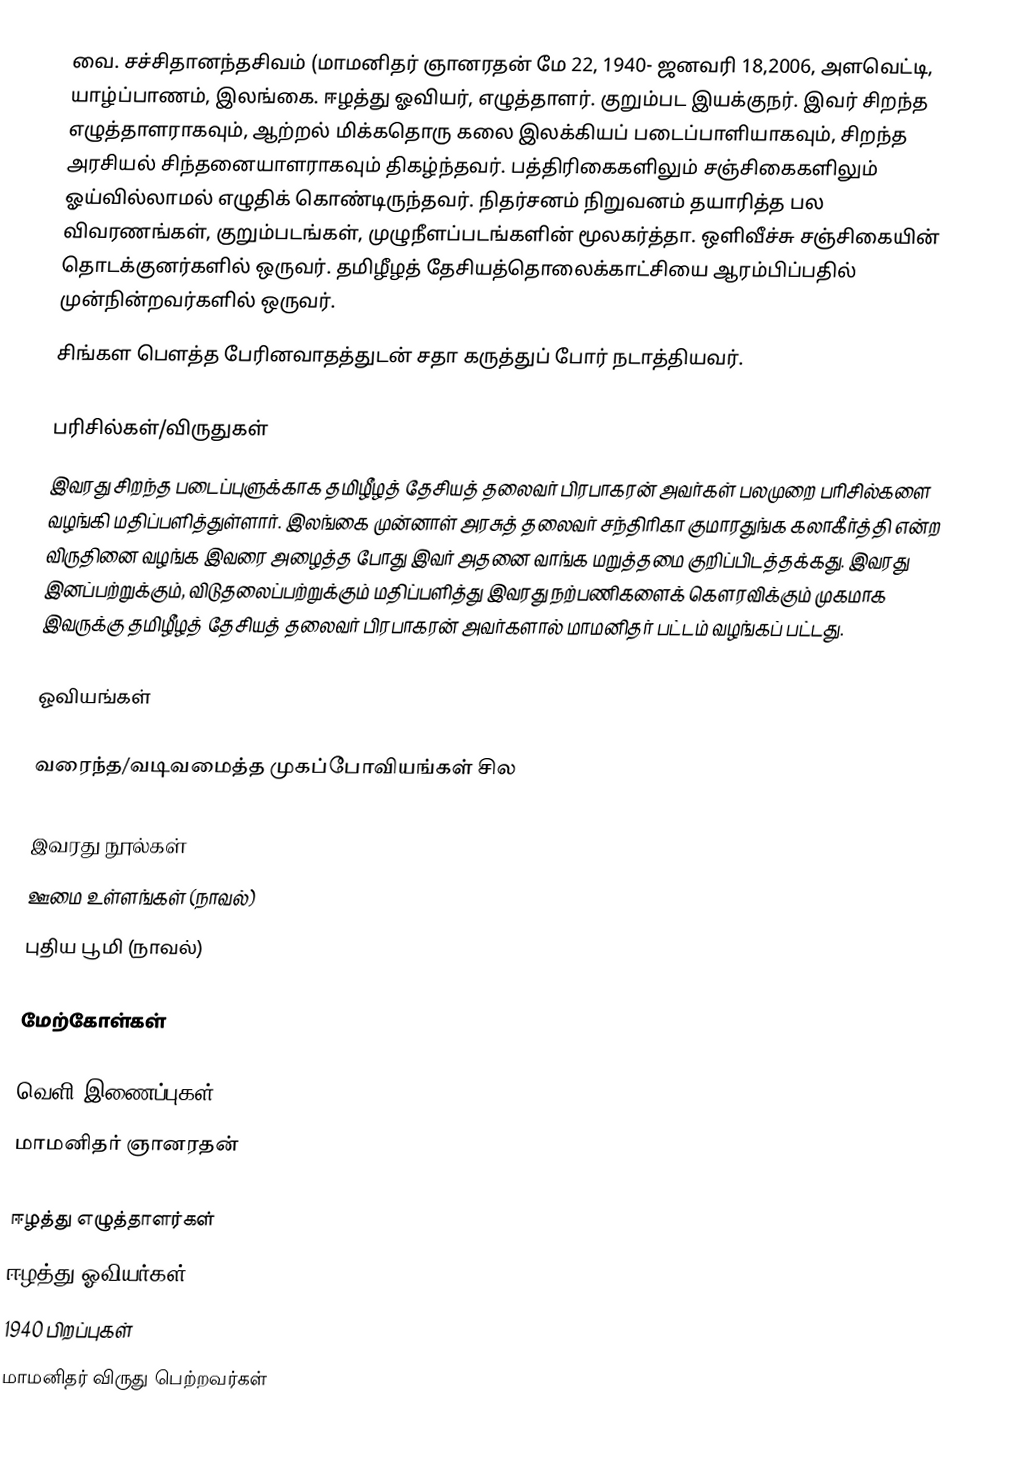
வை. சச்சிதானந்தசிவம் (மாமனிதர் ஞானரதன் மே 22, 1940- ஜனவரி 18,2006, அளவெட்டி, யாழ்ப்பாணம், இலங்கை. ஈழத்து ஓவியர், எழுத்தாளர். குறும்பட இயக்குநர். இவர் சிறந்த எழுத்தாளராகவும், ஆற்றல் மிக்கதொரு கலை இலக்கியப் படைப்பாளியாகவும், சிறந்த அரசியல் சிந்தனையாளராகவும் திகழ்ந்தவர். பத்திரிகைகளிலும் சஞ்சிகைகளிலும் ஓய்வில்லாமல் எழுதிக் கொண்டிருந்தவர். நிதர்சனம் நிறுவனம் தயாரித்த பல விவரணங்கள், குறும்படங்கள், முழுநீளப்படங்களின் மூலகர்த்தா. ஒளிவீச்சு சஞ்சிகையின் தொடக்குனர்களில் ஒருவர். தமிழீழத் தேசியத்தொலைக்காட்சியை ஆரம்பிப்பதில் முன்நின்றவர்களில் ஒருவர்.
சிங்கள பௌத்த பேரினவாதத்துடன் சதா கருத்துப் போர் நடாத்தியவர்.

பரிசில்கள்/விருதுகள்
இவரது சிறந்த படைப்புளுக்காக தமிழீழத் தேசியத் தலைவர் பிரபாகரன் அவர்கள் பலமுறை பரிசில்களை வழங்கி மதிப்பளித்துள்ளார். இலங்கை முன்னாள் அரசுத் தலைவர் சந்திரிகா குமாரதுங்க கலாகீர்த்தி என்ற விருதினை வழங்க இவரை அழைத்த  போது இவர் அதனை வாங்க மறுத்தமை குறிப்பிடத்தக்கது. இவரது இனப்பற்றுக்கும், விடுதலைப்பற்றுக்கும் மதிப்பளித்து இவரது நற்பணிகளைக் கௌரவிக்கும் முகமாக இவருக்கு தமிழீழத் தேசியத் தலைவர் பிரபாகரன் அவர்களால் மாமனிதர் பட்டம் வழங்கப் பட்டது.

ஓவியங்கள்

வரைந்த/வடிவமைத்த முகப்போவியங்கள் சில

இவரது நூல்கள்
 ஊமை உள்ளங்கள் (நாவல்)
 புதிய பூமி (நாவல்)

மேற்கோள்கள்

வெளி இணைப்புகள்
 மாமனிதர் ஞானரதன்

ஈழத்து எழுத்தாளர்கள்
ஈழத்து ஓவியர்கள்
1940 பிறப்புகள்
மாமனிதர் விருது பெற்றவர்கள்